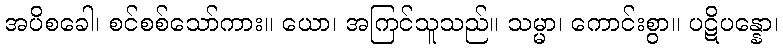
အပိစခေါ၊ စင်စစ်သော်ကား။ ယော၊ အကြင်သူသည်။ သမ္မာ၊ ကောင်းစွာ။ ပဋိပန္နော၊